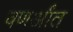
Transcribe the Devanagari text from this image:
वणर्आंत